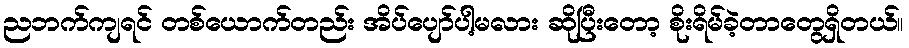
ညဘက်ကျရင် တစ်ယောက်တည်း အိပ်ပျော်ပါ့မလား ဆိုပြီးတော့ စိုးရိမ်ခဲ့တာတွေရှိတယ်။